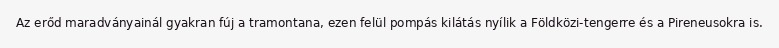
Az erőd maradványainál gyakran fúj a tramontana, ezen felül pompás kilátás nyílik a Földközi-tengerre és a Pireneusokra is.